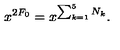
x ^ { 2 F _ { \mathrm { 0 } } } = x ^ { \sum _ { k = 1 } ^ { 5 } N _ { k } } .